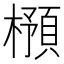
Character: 𣛿